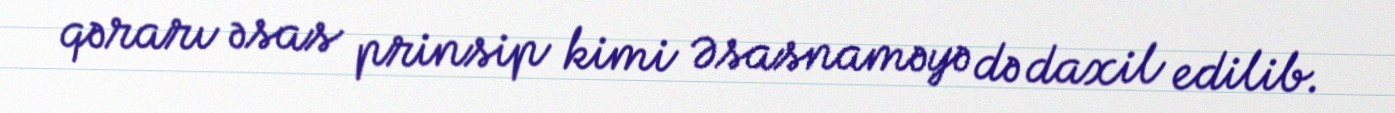
qərarı əsas prinsip kimi Əsasnaməyə də daxil edilib.